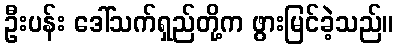
ဦးပန်း ဒေါ်သက်ရှည်တို့က ဖွားမြင်ခဲ့သည်။